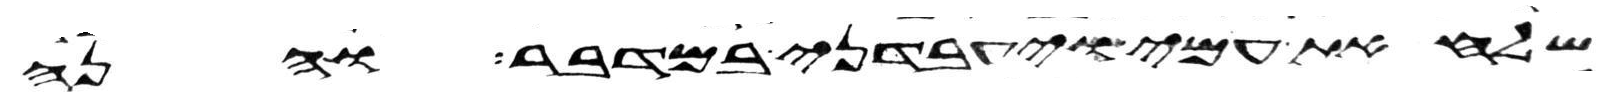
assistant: שלח את עמי ויעבדני במדבר והנה